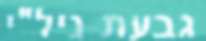
גבעת ניל"י